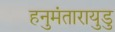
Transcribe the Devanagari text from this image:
हनुमंतारायुडु